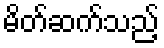
မိတ်ဆက်သည့်